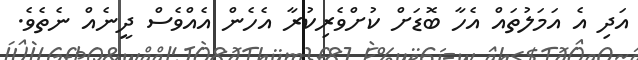
އަދި އެ އަމަލުތައް އެހާ ބޮޑަށް ކުށްވެރިކުރާ އެހެން އެއްވެސް ދީނެއް ނެތެވެ.